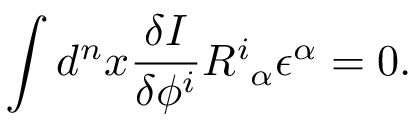
\int d ^ { n } x \frac { \delta I } { \delta \phi ^ { i } } R _ { \ \alpha } ^ { i } \epsilon ^ { \alpha } = 0 .